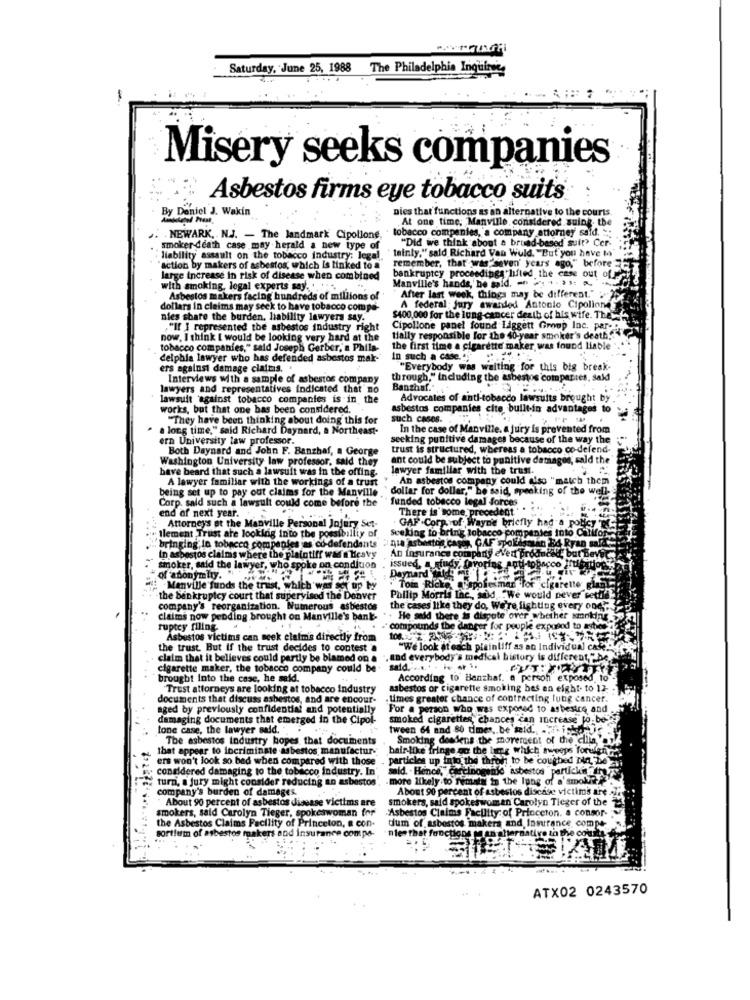
Saturday, June 25, 1988
The Philadelphia Inquirer
Misery seeks companies
Asbestos firms eye tobacco suits
By Daniel J. Wakin
Ausstatal Prest.
nies that functions as an alternative to the courts.
At one time, Manville considered suing. the
tobacco companies, a company attorney said. ::
. NEWARK, N.J. - The landmark Cipollone.
smoker-death case may herald a new type of
"Did we think about a brund-based suit? Cer.
tainly," said Richard Van Wuld. "But you have to"
liability assault on the tobacco industry: legal
"action by makers of asbestos, which is linked to a"
remember, that was"seven' years ago," before
large increase In risk of disease when combined
bankruptcy proceedingsyhified the case out of
Manville's hands, he said. - . ..
with smoking, legal experts say ....
Asbestos makers facing hundreds of millions of
After last week, things may be different."
dollars in claims may seck to have tobacco compa-
A federal: jury awarded Antonio Cipollone
nies share the burden, liability lawyers say."
$400,000 for the lung cancer death of his wife. The-
,"If I represented the asbestos industry right
Cipollone panel found Liggett Group Inc. par-
now, I think I would be looking very hard at the
tially responsible for the 40-year smoker's death,"
tobacco companies," said Joseph Ge
seph Gerber, a Phila-
the first time a cigarette maker, was found liable
delphia lawyer who has defended asbestos mak-
in such a case ...
ers against damage claims.
"Everybody was waiting for this big break-
Interviews with a sample of asbestos company
through," including the asbestos companies, said
lawyers and representatives indicated that no
Banzhaf.",
lawsuit against tobacco companies is in the
Advocates of anti-tobacco lawsuits brought b
works, but that one bas been considered.
Asbestos companies cite built-in advant
"They have been thinking about doing this for
such casos.
a long time," said Richard Daynard, a Northeast-
In the case of Manville, a jury is prevented from
ern University law professor.
seeking punitive damages because of the way the
Both Daynard and John F. Benzhaf, a George
trust is structured, whereas a tobacco co-defend-
Washington University law professor, said they
ant could be subject to punitive damages; sald the
have beard that such a lawsuit was in the offing.
lawyer familiar with the trust.
A lawyer familiar with the workings of a trust
An asbestos company could also "match them
being set up to pay out claims for the Manville
dollar for dollar," he said, speaking of the well-
Corp. said such a lawsuit could come before the
funded tobacco legal forces
end of next year.
There is some, precedent"
orp.yof Wayne briefly had a p
Attorneys at the Manville Personal Jojury Set-
Seeking to bring tobacco com
into Califor
Ilement Trust are looking into the possibility of
bringing in tobacco companies as co-defendants : nia Asbestos casos, GAF spollist in Bd
Ryan salat
An insurance com
party eV'ed producelt b
n asbestos claims where the plaintiff was a Heavy
smoker, said the lawyer, who spoke on condluon
issued, a study, favoring aoti-tobe
tobacco
M anonymity. "
Daynard Sus5
Tom Rice
ette
Manville funds the trust, which was
up by
ke hopofes mar
the bankruptcy court that supervised the Denver
Philip Morris Inc ., sid, "We would never"
company's reorganization. Numerous asbestos
the cases like they do, We're fighting ever
ery oDC
claims now pending brought on Manville's ban
". He said there is dispute over
ruptey filing
compounds the danger for people ex
Asbestos victims can meek claim's directly from
the trust. But if the trust decides to contest a
"We look at each plaintiff as an Individual case
claim that it believes could partly be blamed on a ·, and everybody's medical history is different," be.
claim that it believes could partly be blamed on a
cigarette maker, the tobacco company could be.
said. .... . . . .
brought into the case, he said.
According to Banchat. a person exposed. to
Trust attorneys are looking at tobacco industry
asbestos or cigarette smoking bes an eight- to 12.
documents that discuss asbestos, and are encour-
times greater chance of contracting lung cancer.
aged by previously confidential and potentially
For a person who was exposed to ashesice and
damaging documents that emerged in the Cipol-
smoked cigarettes, chances can increase fo be-
tone case, the lawyer said.
tween 64 and 80 times .. be meid .. .. itisk
The asbestos Industry hopes that doc
Smoking desdens the movement of the allla Yay!
that appear to incriminate asbestos manufactur-
hair-like fringe go the lime which sweeps forufern
ers won't look so bad when compared with those
particles up into the thron to be coughed Din, bo
considered damaging to the tobacco industry. In
said. . Hence, carcinogenic asbestos partickis the
turn, a jury might consider reducing an asb
Nostos
more likely to remain in the lung of a'smokr
company's burden of damages.
About 90 percent of asbestos disease victim's are
About 90 percent of asbestos disease victims are
smokers, said spokeswoman Carolyn Tieger of the
smokers, said Carolyn Tieger, spokeswoman for
Asbestos Claims Facility of Princeton. a consor-
the Asbestos Claims Facility of Princeton, a con-
dum of asbestos makers and, Insurance compe
sortium of asbestos makers and insurance com po-
"les that functions me an alternati
to the court
ATX02 0243570